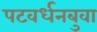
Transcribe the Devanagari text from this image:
पटवर्धनबुवा